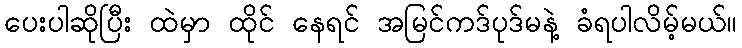
ပေးပါဆိုပြီး ထဲမှာ ထိုင် နေရင် အမြင်ကဒ်ပုဒ်မနဲ့ ခံရပါလိမ့်မယ်။